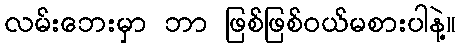
လမ်းဘေးမှာ ဘာ ဖြစ်ဖြစ်ဝယ်မစားပါနဲ့။